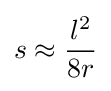
s\approx {\frac {l^{2}}{8r}}